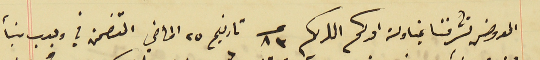
المعروض تشرفنا بمناولة امركم الكريم عــ ٨٣ تاريخ ٢٥ الماضي المتضمن في وجوب بنأ